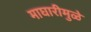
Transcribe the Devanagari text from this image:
माघारीमुळे